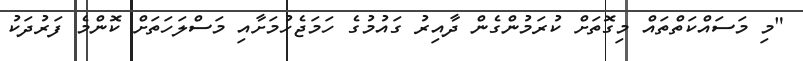
"މި މަސައްކަތްތައް މިގޮތަށް ކުރަމުންގެން ދާއިރު ގައުމުގެ ހަމަޖެހުމަށާއި މަސްލަހަތަށް ކޮންމެ ފަރުދަކު